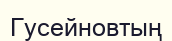
Гусейновтың